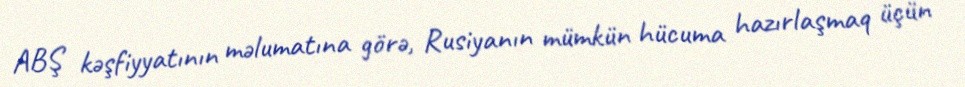
ABŞ kəşfiyyatının məlumatına görə, Rusiyanın mümkün hücuma hazırlaşmaq üçün